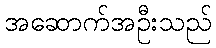
အဆောက်အဦးသည်